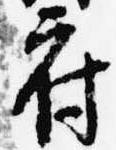
府